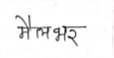
मजकूर: मैलभर